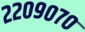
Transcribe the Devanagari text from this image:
२२०९०७०